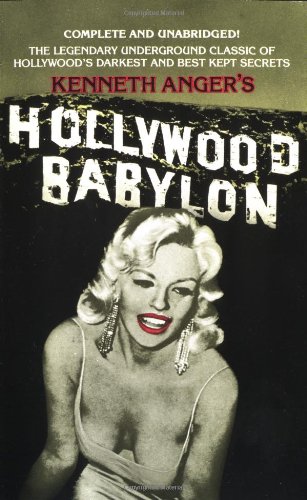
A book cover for Hollywood Babylon: The Legendary Underground Classic of Hollywood's Darkest and Best Kept Secrets; Kenneth Anger; Humor & Entertainment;